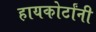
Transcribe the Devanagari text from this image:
हायकोर्टांनी